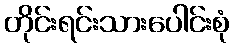
တိုင်းရင်းသားပေါင်းစုံ